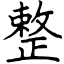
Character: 整